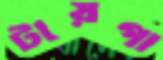
টায়গা